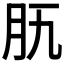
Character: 𦘵